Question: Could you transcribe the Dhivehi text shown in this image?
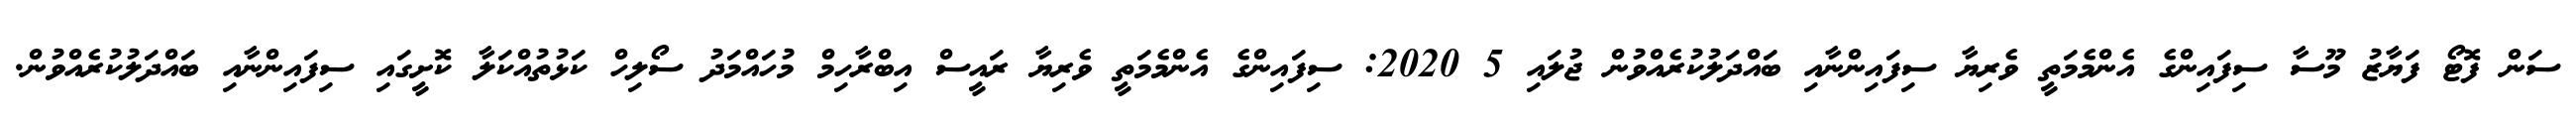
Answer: ސަން ފޮޓޯ ފަޔާޒު މޫސާ ސިފައިންގެ އެންމެމަތީ ވެރިޔާ ސިފައިންނާއި ބައްދަލުކުރެއްވުން ޖުލައި 5 2020: ސިފައިންގެ އެންމެމަތީ ވެރިޔާ ރައީސް އިބްރާހިމް މުހައްމަދު ސޯލިހް ކަޅުތުއްކަލާ ކޮށީގައި ސިފައިންނާއި ބައްދަލުކުރެއްވުން.